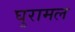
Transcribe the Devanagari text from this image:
घुरामल